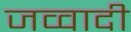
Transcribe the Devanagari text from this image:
जव्वादी